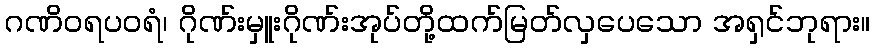
ဂဏိဝရပဝရံ၊ ဂိုဏ်းမှူးဂိုဏ်းအုပ်တို့ထက်မြတ်လှပေသော အရှင်ဘုရား။